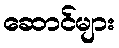
ဆောင်များ